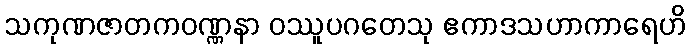
သကုဏဇာတကဝဏ္ဏနာ ဝဿူပဂတေသု ဧကာဒသဟာကာရေဟိ